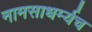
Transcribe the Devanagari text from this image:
नामसाधर्म्यच